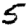
Digit: 5